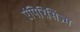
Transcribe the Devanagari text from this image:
एंपिरिसिज्म